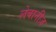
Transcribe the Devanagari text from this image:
लेबानीज़